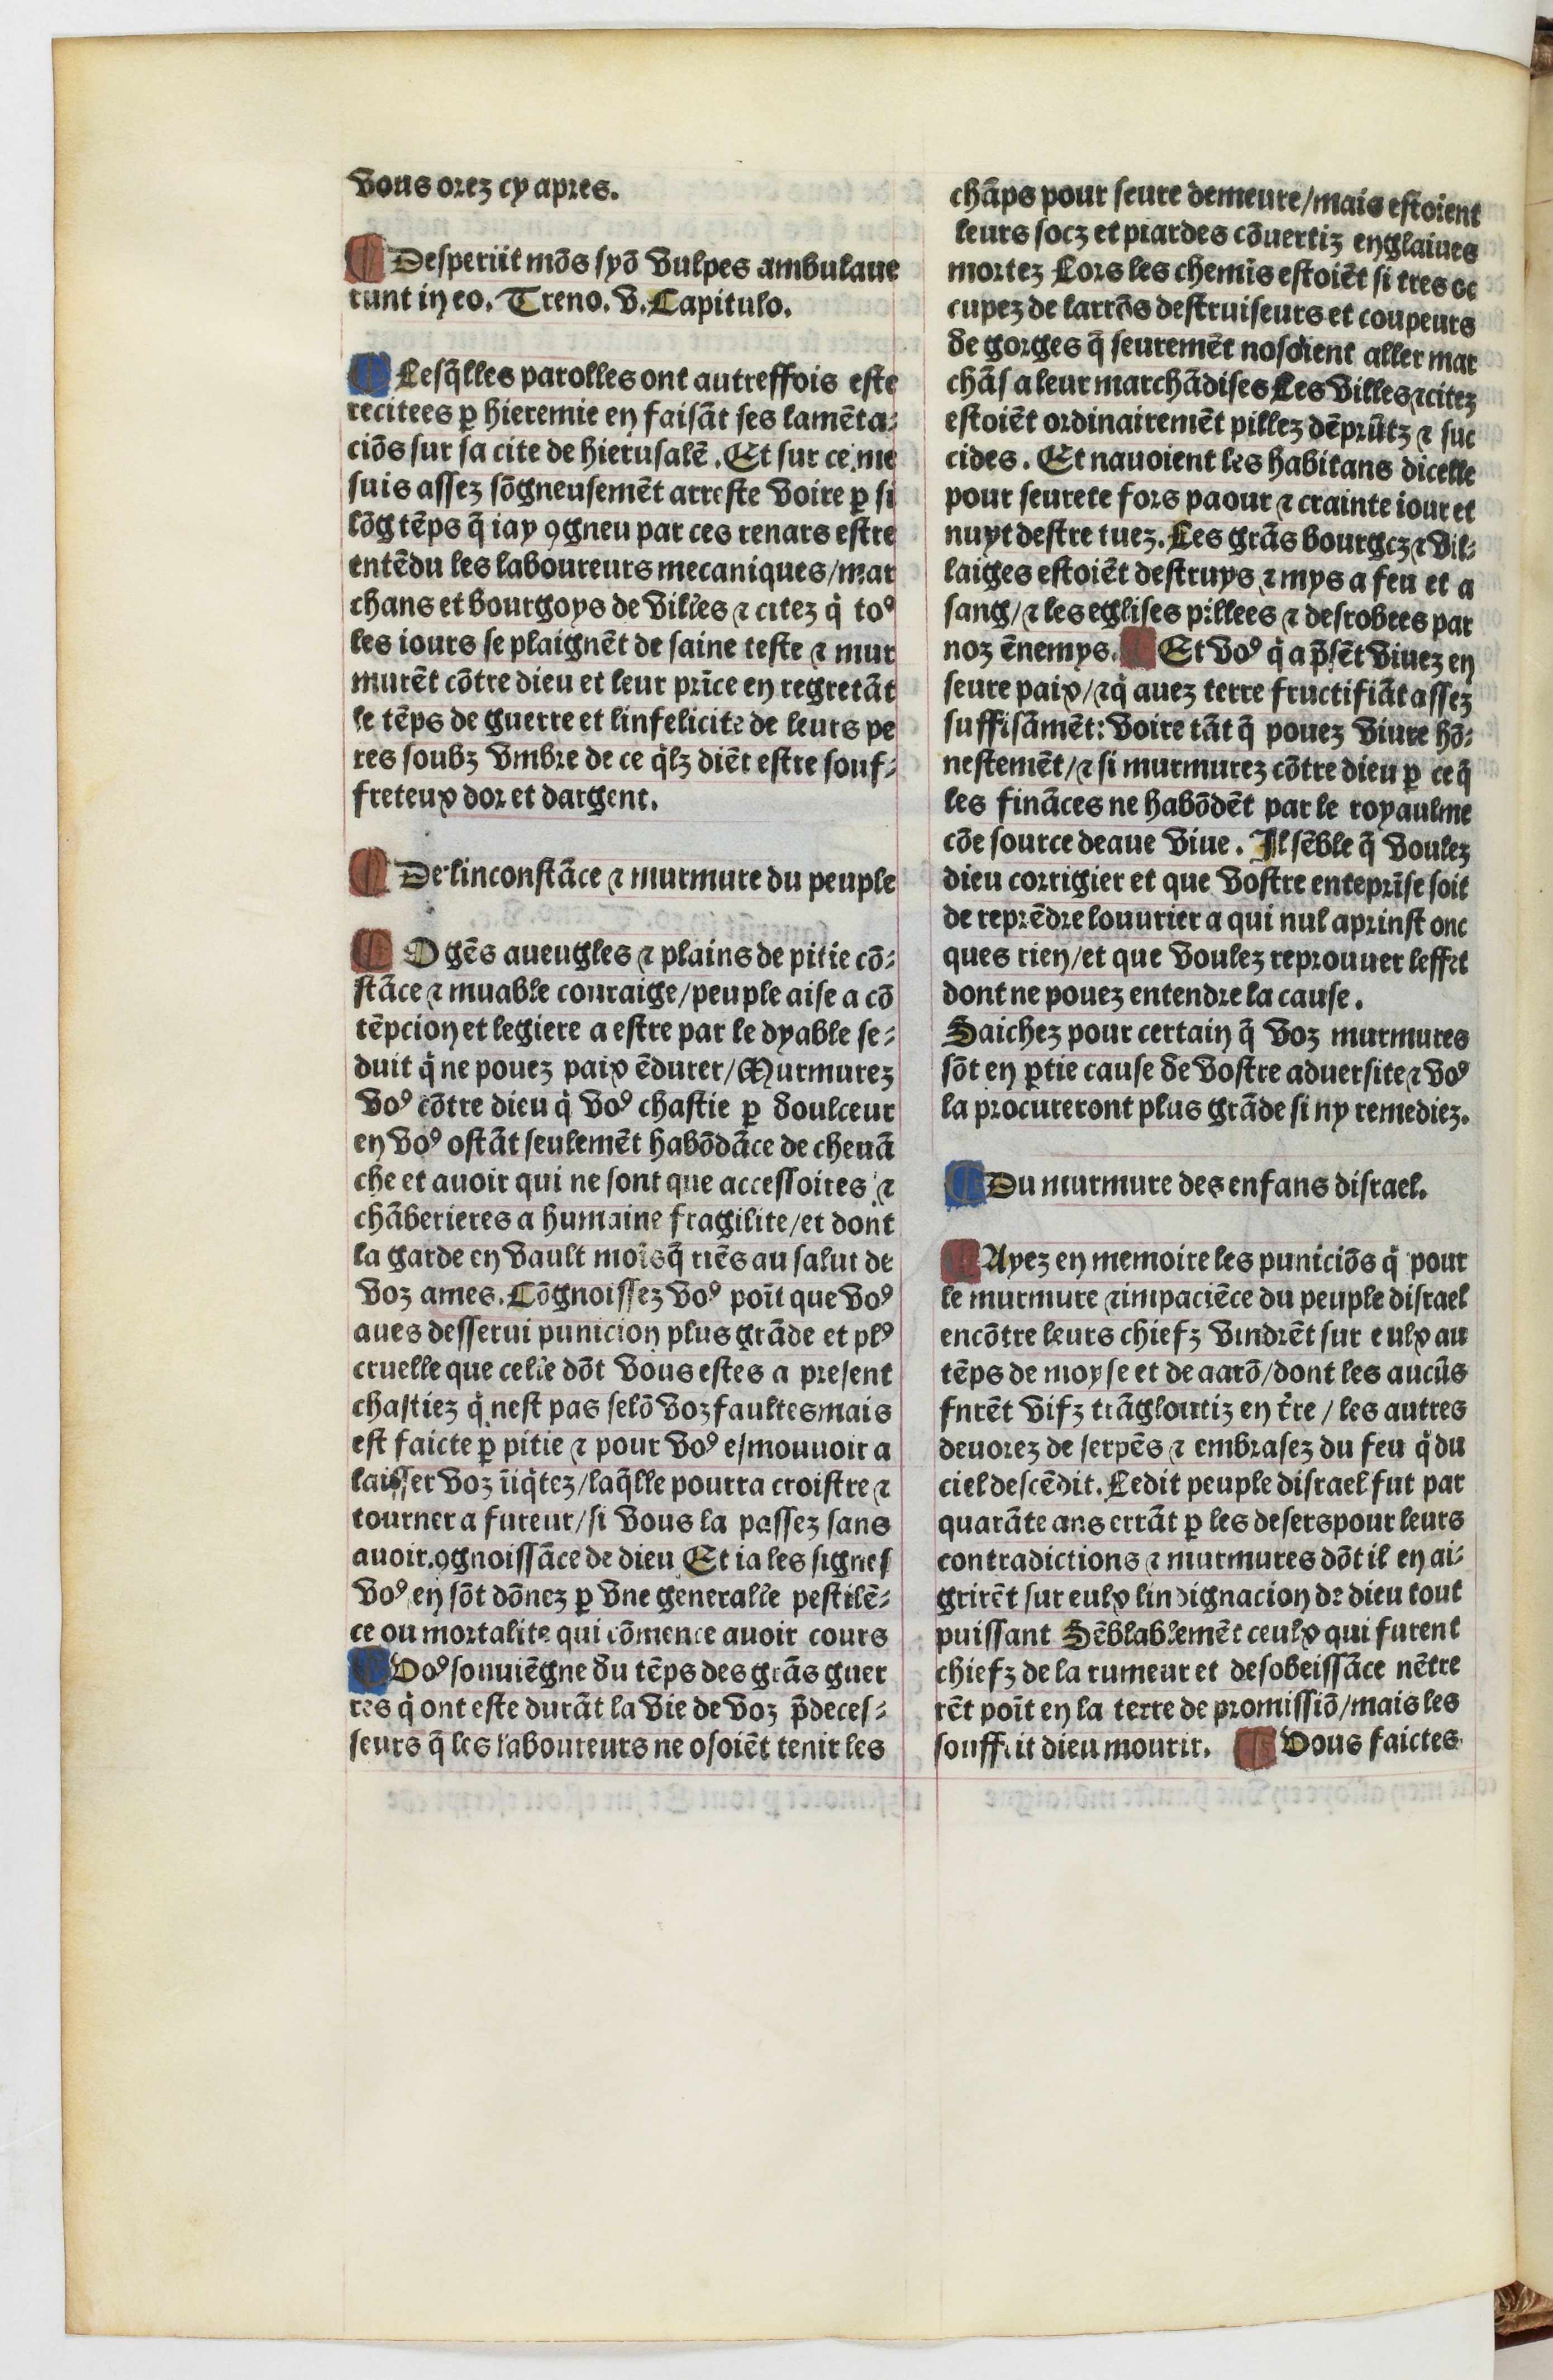
Shelfmark: Paris, BnF, Velins 1103
Century: 16